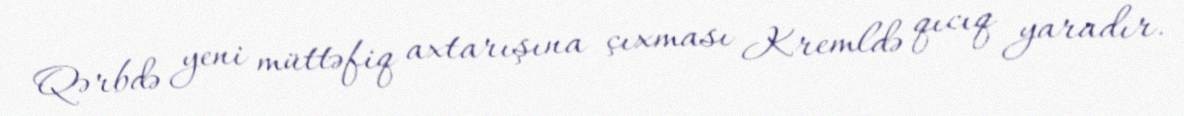
Qərbdə yeni müttəfiq axtarışına çıxması Kremldə qıcıq yaradır.